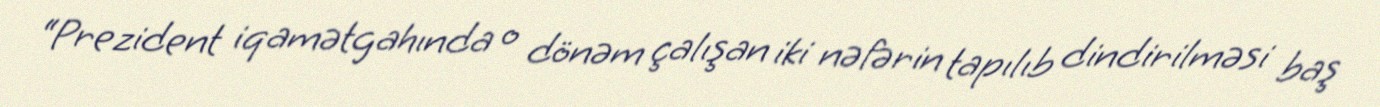
“Prezident iqamətgahında o dönəm çalışan iki nəfərin tapılıb dindirilməsi baş